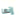
إنها